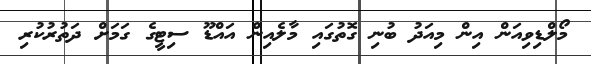
މޯލްޑިވިއަން އިން މިއަދު ބުނި ގޮތުގައި މާލެއިން އައްޑޫ ސިޓީގެ ގަމަށް ދަތުރުކުރި